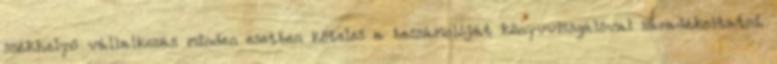
székhelyű vállalkozás minden esetben köteles a beszámolóját könyvvizsgálóval záradékoltatni.